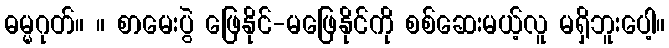
ဓမ္မဂုတ်။ ။ စာမေးပွဲ ဖြေနိုင်-မဖြေနိုင်ကို စစ်ဆေးမယ့်လူ မရှိဘူးပေါ့။